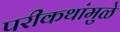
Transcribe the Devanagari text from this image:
परीकथांमुळे